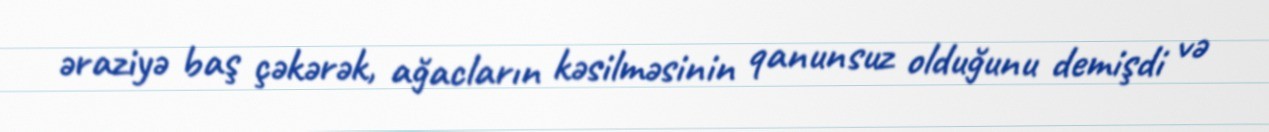
əraziyə baş çəkərək, ağacların kəsilməsinin qanunsuz olduğunu demişdi və